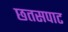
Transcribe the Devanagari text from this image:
छतसपाट